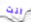
انت